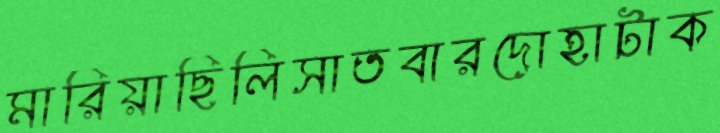
মারিয়াছিলিসাতবারদোহাটাক